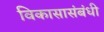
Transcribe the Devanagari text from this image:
विकासासंबंधी